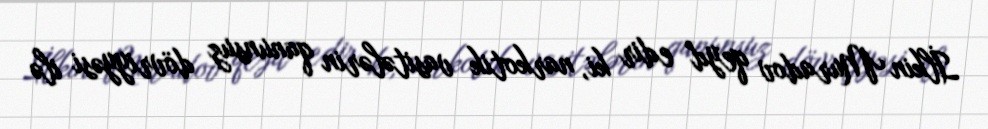
İlkin Muradov qeyd edir ki, narkotik vasitələrin qanunsuz dövriyyəsi ilə